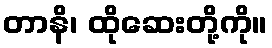
တာနိ၊ ထိုဆေးတို့ကို။